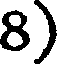
8)